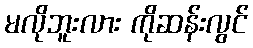
မလိုဘူးလား ကိုဆန်းလွင်